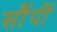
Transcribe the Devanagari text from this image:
सौंपीं